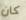
كان